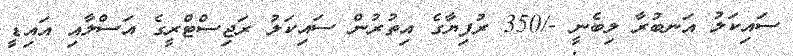
ސައިކަލު އަނބުރާ ލިބެނީ -/350 ރުފިޔާގެ އިތުރުން ސައިކަލު ރަޖިސްޓްރީގެ އަސްލާއި އައިޑީ